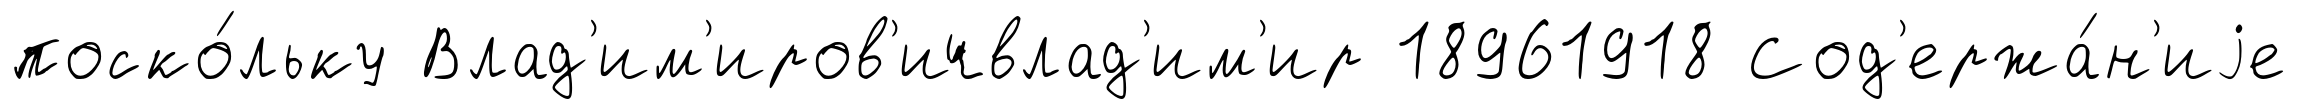
поско́льку Влад'им'иров'ичвлад'им'ир 18961918 Сод'ержа́н'иjе